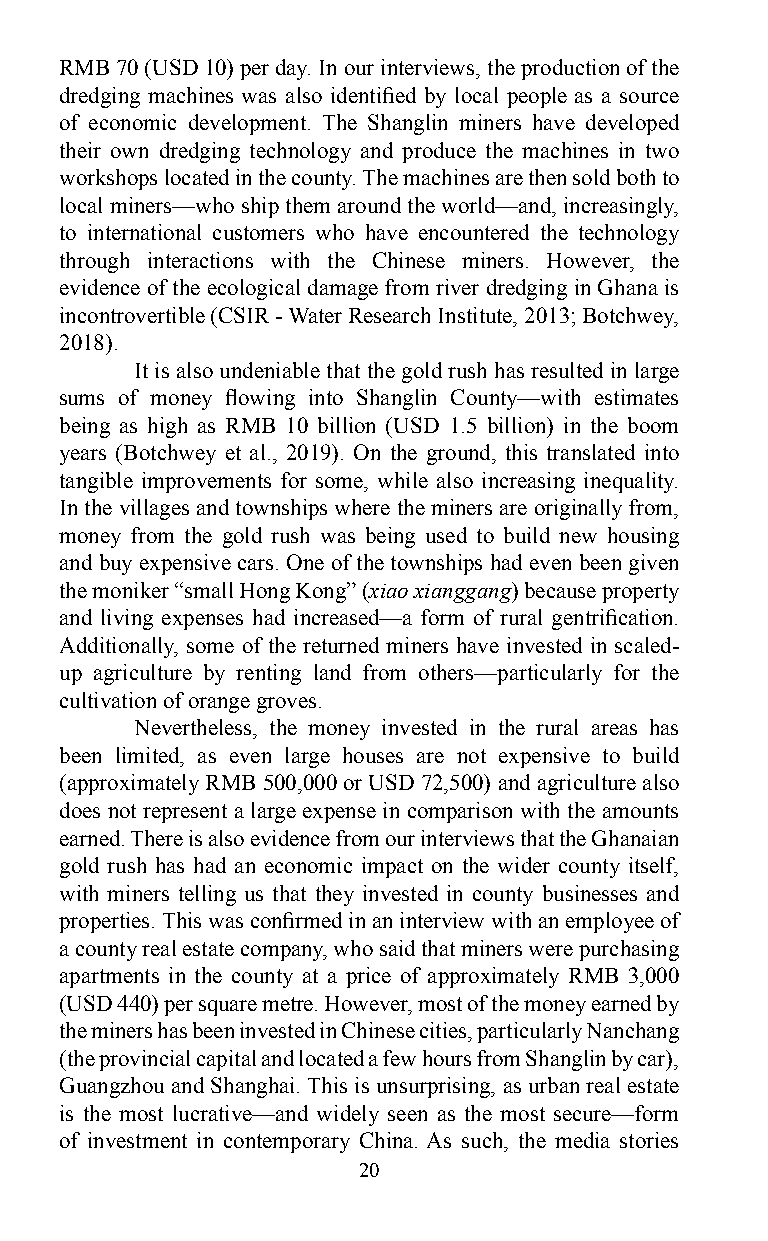
RMB 70 (USD 10) per day. In our interviews, the production of the
 dredging machines was also identified by local people as a source
 of economic development. The Shanglin miners have developed
 their own dredging technology and produce the machines in two
 workshops located in the county. The machines are then sold both to
 local miners—who ship them around the world—and, increasingly,
 to international customers who have encountered the technology
 through interactions with the Chinese miners. However, the
 evidence of the ecological damage from river dredging in Ghana is
 incontrovertible (CSIR - Water Research Institute, 2013; Botchwey,
 2018).
 It is also undeniable that the gold rush has resulted in large
 sums of money flowing into Shanglin County—with estimates
 being as high as RMB 10 billion (USD 1.5 billion) in the boom
 years (Botchwey et al., 2019). On the ground, this translated into
 tangible improvements for some, while also increasing inequality.
 In the villages and townships where the miners are originally from,
 money from the gold rush was being used to build new housing
 and buy expensive cars. One of the townships had even been given
 the moniker “small Hong Kong” (xiao xianggang) because property
 and living expenses had increased—a form of rural gentrification.
 Additionally, some of the returned miners have invested in scaled-
 up agriculture by renting land from others—particularly for the
 cultivation of orange groves.
 Nevertheless, the money invested in the rural areas has
 been limited, as even large houses are not expensive to build
 (approximately RMB 500,000 or USD 72,500) and agriculture also
 does not represent a large expense in comparison with the amounts
 earned. There is also evidence from our interviews that the Ghanaian
 gold rush has had an economic impact on the wider county itself,
 with miners telling us that they invested in county businesses and
 properties. This was confirmed in an interview with an employee of
 a county real estate company, who said that miners were purchasing
 apartments in the county at a price of approximately RMB 3,000
 (USD 440) per square metre. However, most of the money earned by
 the miners has been invested in Chinese cities, particularly Nanchang
 (the provincial capital and located a few hours from Shanglin by car),
 Guangzhou and Shanghai. This is unsurprising, as urban real estate
 is the most lucrative—and widely seen as the most secure—form
 of investment in contemporary China. As such, the media stories
 20